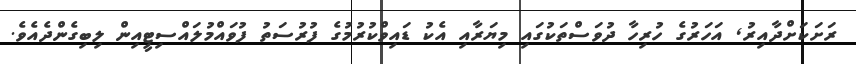
ރަށަކަށްދާއިރު